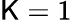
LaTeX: \mathsf{K}=1